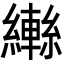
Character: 𦆕